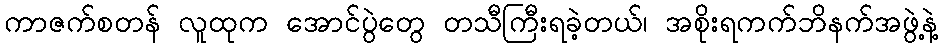
ကာဇက်စတန် လူထုက အောင်ပွဲတွေ တသီကြီးရခဲ့တယ်၊ အစိုးရကက်ဘိနက်အဖွဲ့နဲ့